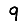
Digit: 9